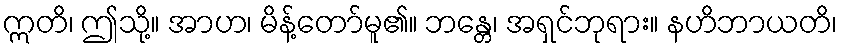
ဣတိ၊ ဤသို့။ အာဟ၊ မိန့်တော်မူ၏။ ဘန္တေ၊ အရှင်ဘုရား။ နဟိဘာယတိ၊